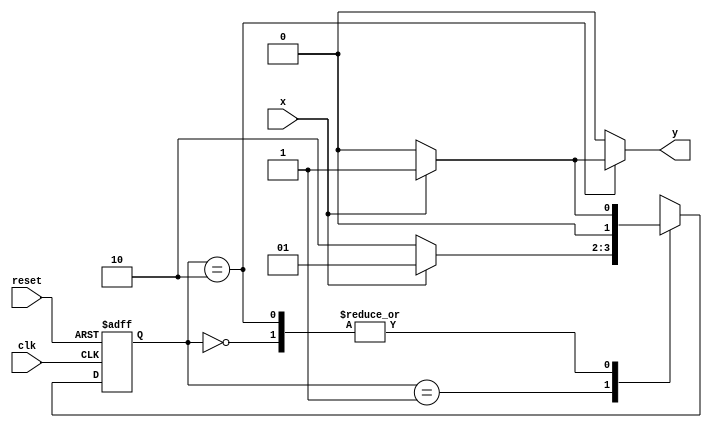
// --------------
// --- Mealy FSM 
// --- Felipe Ferreira Andrade do Carmo
// --- Exercicio 04
// --------------
/* 
          Mealy FSM Diagram(101)
                     __________
                    /          \
              1    v    0    1 |  // found
   [start] ---> [id1] ---> [id11]
     ^  \0       ^ 1|        0 |  // not found
      \_/        \__/          |
       \                      /
        \                    /
         \__________________/
*/ 
// constant definitions 
`define found    1
`define notfound 0 

// FSM by Mealy 
module mealy101 ( y, x, clk, reset );
 output  y;
 input   x; 
 input   clk; 
 input   reset; 
 
 reg      y; 
 
   parameter         // state identifiers
   start    = 2'b00, 
   id1      = 2'b01, 
   id11    = 2'b11, 
   id110  = 2'b10; 
 
   reg [1:0] E1; // current state variables 
   reg [1:0] E2; // next state logic output 
 
 
// next state logic 
   always @( x or E1 ) 
    begin 
     y = `notfound; 
     case ( E1 )
      start: 
        if ( x ) 
         E2 = id1; 
        else 
         E2 = start; 
      id1: 
        if ( x ) 
         E2 = id1;
        else 
         E2 = id110;
      id110: 
        if ( x ) 
         begin 
           E2 =  id1; 
           y  = `found; 
         end 
        else 
         begin 
           E2 =  start; 
           y  = `notfound; 
         end 
      default:   // undefined state 
           E2 =  2'bxx; 
     endcase 
    end // always at signal or state changing 
 
// state variables 
   always @( posedge clk or negedge reset ) 
    begin 
     if ( reset ) 
      E1 = E2;    // updates current state
     else 
      E1 = 0;     // reset 
    end // always at signal changing 
 
endmodule // mealy1101